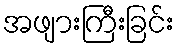
အဖျားကြီးခြင်း